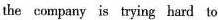
the company is trying hard to